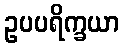
ဥပပရိက္ခယာ